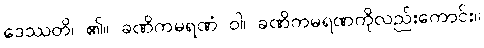
ဒေဿတိ၊ ၏။ ခဏိကမရဏံ ဝါ၊ ခဏိကမရဏကိုလည်းကောင်း။